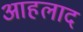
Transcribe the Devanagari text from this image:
आहलाद